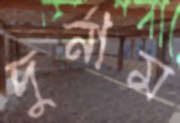
দুর্নাম